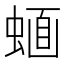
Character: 𧍹